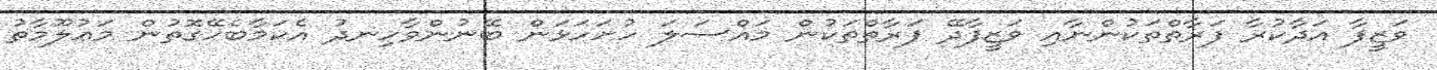
ވަޒީފާ އަދާކުރާ ފަރާތްތަކުންނާއި ވަޒީފާދޭ ފަރާތްތަކުން މައްސަލަ ހުށަހަޅަން ބޭނުންވާހިނދު އެކަމާބެހޭގޮތުން މަޢުލޫމާތު